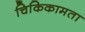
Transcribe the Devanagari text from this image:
चिकिकामता